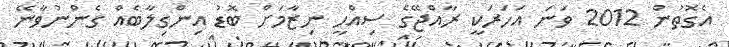
އެގޮތުން 2012 ވަނަ އަހަރަކީ ރާއްޖޭގެ ސިއްޙީ ނިޒާމަށް ބޮޑު އިންގިލާބެއް ގެންނުވާނޭ